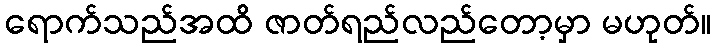
ရောက်သည်အထိ ဇာတ်ရည်လည်တော့မှာ မဟုတ်။